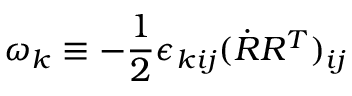
\omega _ { k } \equiv - \frac 1 2 \epsilon _ { k i j } ( \dot { R } R ^ { T } ) _ { i j }